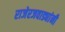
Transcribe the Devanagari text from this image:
राजेरजवाड्यांनी